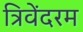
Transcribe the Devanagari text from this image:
त्रिवेंदरम